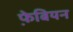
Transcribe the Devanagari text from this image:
फे़बियन